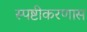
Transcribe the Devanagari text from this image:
स्पष्टीकरणास